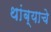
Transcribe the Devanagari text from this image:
थांब्याचे